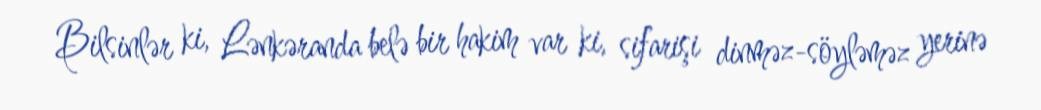
Bilsinlər ki, Lənkəranda belə bir hakim var ki, sifarişi dinməz-söyləməz yerinə